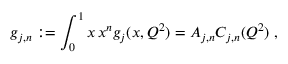
g _ { j , n } : = \int _ { 0 } ^ { 1 } \d x \, x ^ { n } g _ { j } ( x , Q ^ { 2 } ) = A _ { j , n } C _ { j , n } ( Q ^ { 2 } ) \; ,